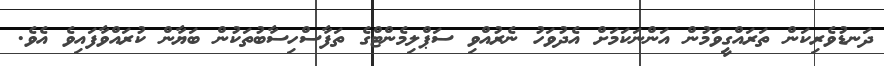
ދަނޑުވެރިކަން ތަރައްގީވަމުން އަންނަކަމަށް އެދުވަހު ނެރުއްވި ސަޕްލިމެންޓްގެ ތަފާސްހިސާބުތަކުން ބަޔާން ކުރައްވާފައިވެ އެވެ.